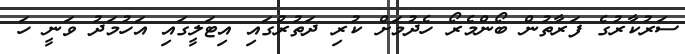
ސަރުކާރުގެ ފަރާތުން ބޯންމެރޯ ހެދުމަށް ކުރި ދަތުރުގައި އިޓަލީގައި އަހުމަދު ވަނީ ހަ